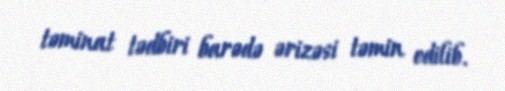
təminat tədbiri barədə ərizəsi təmin edilib.